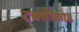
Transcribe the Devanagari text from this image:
टक्सीकोड